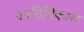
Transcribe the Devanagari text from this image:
जातिविकास